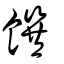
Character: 饌